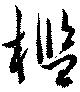
檻